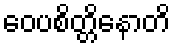
ဝေပစိတ္တိနောတိ